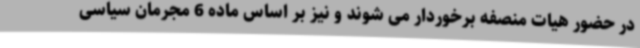
در حضور هیات منصفه برخوردار می شوند و نیز بر اساس ماده 6 مجرمان سیاسی